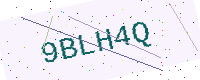
Text: 9BLH4Q